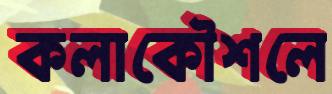
কলাকৌশলে